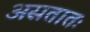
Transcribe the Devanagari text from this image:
असतातः